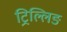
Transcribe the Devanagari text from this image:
ट्रिल्लिङ